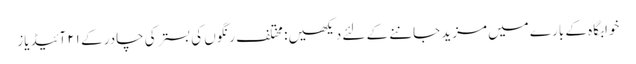
خوابگاہ کے بارے میں مزید جاننے کے لئے دیکھیں: مختلف رنگوں کی بستر کی چادر کے ۲۱ آئیڈیاز